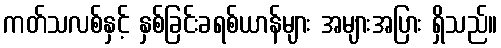
ကတ်သလစ်နှင့် နှစ်ခြင်းခရစ်ယာန်များ အများအပြား ရှိသည်။